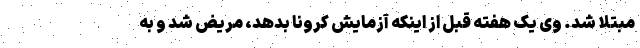
مبتلا شد. وی یک هفته قبل از اینکه آزمایش کرونا بدهد، مریض شد و به